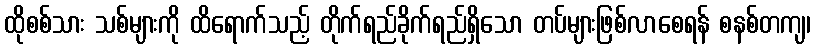
ထိုစစ်သား သစ်များကို ထိရောက်သည့် တိုက်ရည်ခိုက်ရည်ရှိသော တပ်များဖြစ်လာစေရန် စနစ်တကျ၊